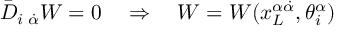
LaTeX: \bar { D } _ { i \; \dot { \alpha } } W = 0 \quad \Rightarrow \quad W = W ( x _ { L } ^ { \alpha \dot { \alpha } } , \theta _ { i } ^ { \alpha } )